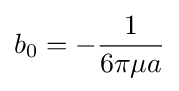
b_{0}=-{\frac {1}{6\pi \mu a}}